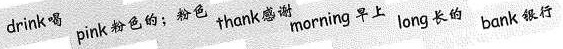
drink 喝 pink 粉色的;粉色 thank 感谢morning 早上 long 长的 bank 银行